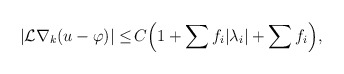
\begin{align*}\begin{aligned}|\mathcal{L} \nabla_k (u - \varphi)|\leq \,& C \Big(1 + \sum f_i |\lambda_i| + \sum f_i\Big),\end{aligned}\end{align*}